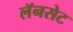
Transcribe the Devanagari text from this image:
लॅनसेट